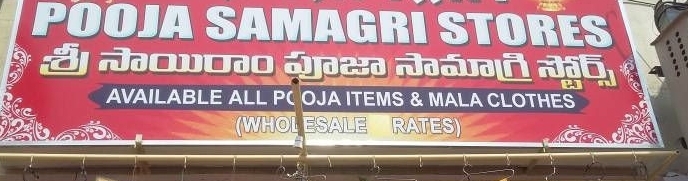
Language: telugu
Transcription: శ్రీ సాయిరాం పూజా సామాగ్రి స్టోర్స్